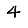
Digit: 4